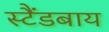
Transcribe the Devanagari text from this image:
स्टैंडबाय